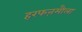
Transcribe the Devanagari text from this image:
हरफऩमौला